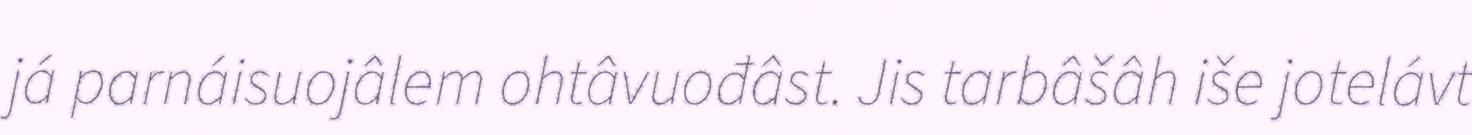
já parnáisuojâlem ohtâvuođâst. Jis tarbâšâh iše jotelávt